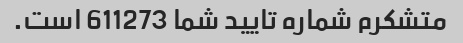
متشکرم شماره تایید شما 611273 است.